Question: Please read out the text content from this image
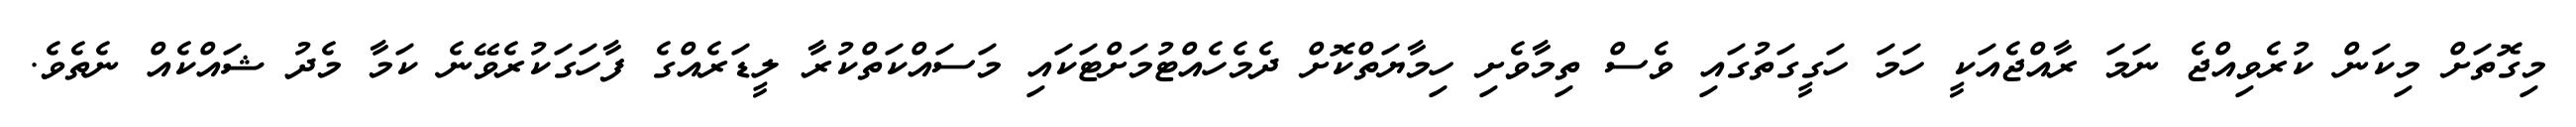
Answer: މިގޮތަށް މިކަން ކުރެވިއްޖެ ނަމަ ރާއްޖެއަކީ ހަމަ ހަގީގަތުގައި ވެސް ތިމާވެށި ހިމާޔަތްކޮށް ދެމެހެއްޓުމަށްޓަކައި މަސައްކަތްކުރާ ލީޑަރެއްގެ ފާހަގަކުރެވޭނެ ކަމާ މެދު ޝައްކެއް ނެތެވެ.